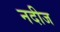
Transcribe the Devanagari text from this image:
नदीज